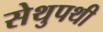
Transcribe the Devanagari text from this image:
सेथुपथी